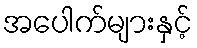
အပေါက်များနှင့်